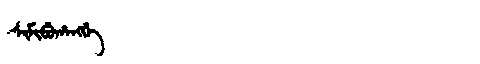
Manchu: ᠰᡳᠮᡳᠪᡠᡥᠠᠩᡤᡝ
Romanization: SIMIBUHANGGE